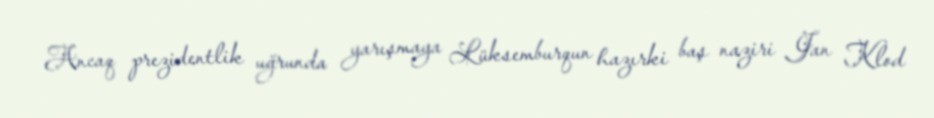
Ancaq prezidentlik uğrunda yarışmaya Lüksemburqun hazırki baş naziri Jan Klod